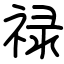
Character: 禄